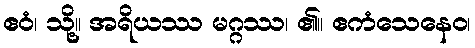
ဧဝံ၊ သို့။ အရိယဿ မဂ္ဂဿ၊ ၏။ ဧကံသေနေဝ၊